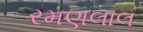
રમણલાલ